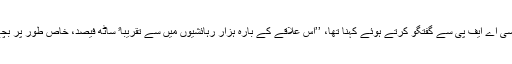
صدد کے میئر سلیمان خلیل کا نیوز ایجنسی اے ایف پی سے گفتگو کرتے ہوئے کہنا تھا، ’’اس علاقے کے بارہ ہزار رہائشیوں میں سے تقریباﹰ ساٹھ فیصد، خاص طور پر بچے اور خواتین یہ علاقہ چھوڑ چکے ہیں۔